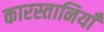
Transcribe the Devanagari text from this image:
कारस्तानियाँ